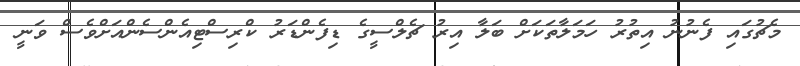
މެޗުގައި ފެނުނު އިތުރު ހަމަލާތަކަށް ބަލާ އިރު ޗެލްސީގެ ޑިފެންޑަރު ކްރިސްޓިއެންސެންއަށްވެސް ވަނީ